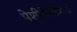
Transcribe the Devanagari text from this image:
पेशीपेशींमध्ये